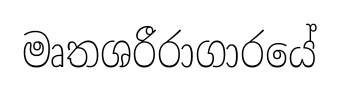
මෘතශරීරාගාරයේ